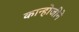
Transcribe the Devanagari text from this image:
कान्होजीने